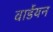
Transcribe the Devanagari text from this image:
वार्डेयन